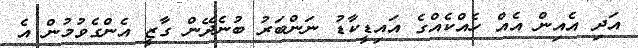
އަދި އެއިން އެއް ހެއްކެއްގެ އައިޑީކާޑު ނަންބަރު ބުނެދޭން ގާޒީ އެންގެވުމުން އެ